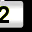
Digit: 2